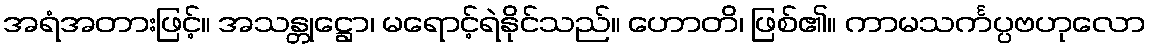
အရံအတားဖြင့်။ အသန္တုဋ္ဌော၊ မရောင့်ရဲနိုင်သည်။ ဟောတိ၊ ဖြစ်၏။ ကာမသင်္ကပ္ပဗဟုလော